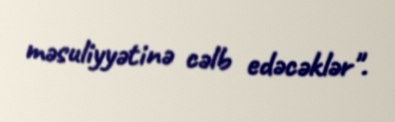
məsuliyyətinə cəlb edəcəklər".